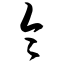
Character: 令